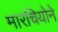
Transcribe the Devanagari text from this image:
मारचियोने